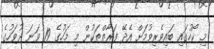
މި ކޯހުގައި ބައިވެރިވުމަށް އެދޭ ފަރާތްތަކުން މި މަހުގެ 19 ވަނަ ދުވަހުގެ